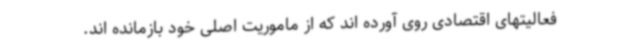
فعالیتهای اقتصادی روی آورده اند که از ماموریت اصلی خود بازمانده اند.